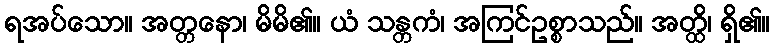
ရအပ်သော။ အတ္တနော၊ မိမိ၏။ ယံ သန္တကံ၊ အကြင်ဥစ္စာသည်။ အတ္ထိ၊ ရှိ၏။